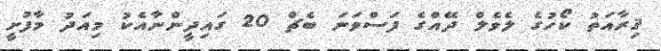
ޤިރާއަތު ކޯހުގެ ލެވެލް ދޭއްގެ ފަސްވަނަ ބެޗް 20 ގައިދީންނާއެކު މިއަދު މާފުށީ